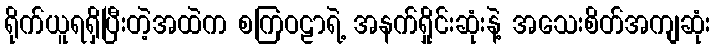
ရိုက်ယူရရှိပြီးတဲ့အထဲက စကြဝဠာရဲ့ အနက်ရှိုင်းဆုံးနဲ့ အသေးစိတ်အကျဆုံး